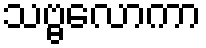
သဗ္ဗလောကာ